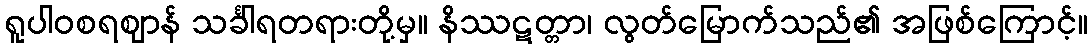
ရူပါဝစရဈာန် သင်္ခါရတရားတို့မှ။ နိဿဋတ္တာ၊ လွတ်မြောက်သည်၏ အဖြစ်ကြောင့်။